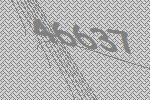
46637